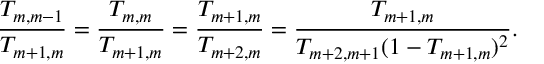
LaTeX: \frac { T _ { m , m - 1 } } { T _ { m + 1 , m } } = \frac { T _ { m , m } } { T _ { m + 1 , m } } = \frac { T _ { m + 1 , m } } { T _ { m + 2 , m } } = \frac { T _ { m + 1 , m } } { T _ { m + 2 , m + 1 } ( 1 - T _ { m + 1 , m } ) ^ { 2 } } .